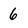
Character: 6